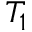
T _ { 1 }